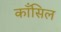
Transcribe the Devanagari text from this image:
काँसिल